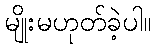
မျိုးမဟုတ်ခဲ့ပါ။